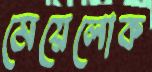
মেয়েলোক